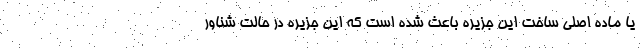
یا ماده اصلی ساخت این جزیره باعث شده است که این جزیره در حالت شناور